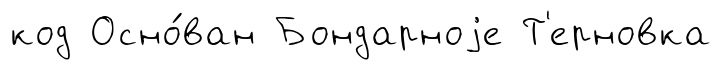
код Осно́ван Бондарноjе Т'ерновка